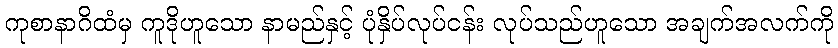
ကုစာနာဂိထံမှ ကူဒိုဟူသော နာမည်နှင့် ပုံနှိပ်လုပ်ငန်း လုပ်သည်ဟူသော အချက်အလက်ကို